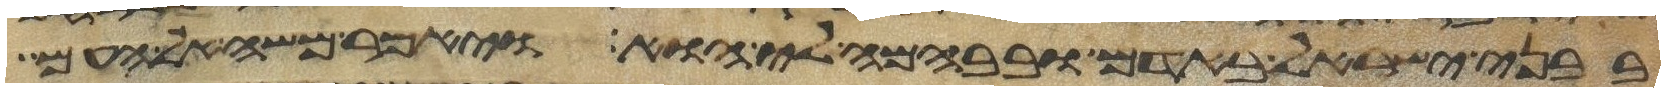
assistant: בבני ישראל באדם ובבהמה לי הוא ויאמר משה אל העם